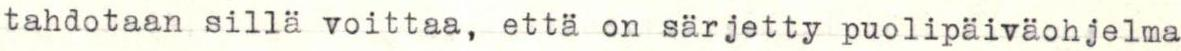
tahdotaan sillä voittaa, että on särjetty puolipäiväohjelma